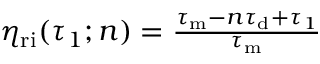
\begin{array} { r } { \eta _ { \mathrm { r i } } ( \tau _ { 1 } ; n ) = \frac { \tau _ { \mathrm { m } } - n \tau _ { \mathrm { d } } + \tau _ { 1 } } { \tau _ { \mathrm { m } } } } \end{array}